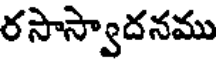
రసాస్వాదనము